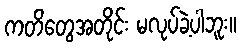
ကတိတွေအတိုင်း မလုပ်ခဲ့ပါဘူး။